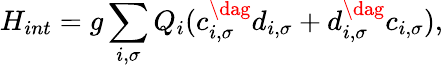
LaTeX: H_{int}=g\sum_{i,\sigma}Q_{i}(c_{i,\sigma}^{\dag}d_{i,\sigma}+d_{i,\sigma}^{\dag}c_{i,\sigma}),